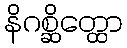
နိဂစ္ဆိတ္ထော